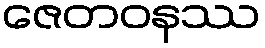
ဇေတဝနဿ